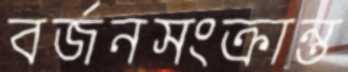
বর্জনসংক্রান্ত